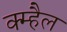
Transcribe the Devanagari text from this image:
क्म्हैल